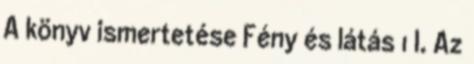
A könyv ismertetése Fény és látás 1 I. Az